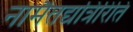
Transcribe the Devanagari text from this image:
नामैतद्यत्रिरिति